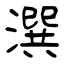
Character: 潠